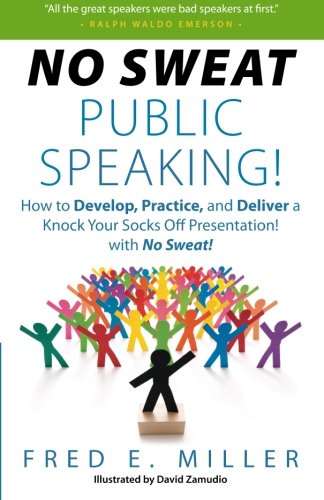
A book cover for No Sweat Public Speaking!; Fred E. Miller; Reference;